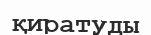
қиратуды